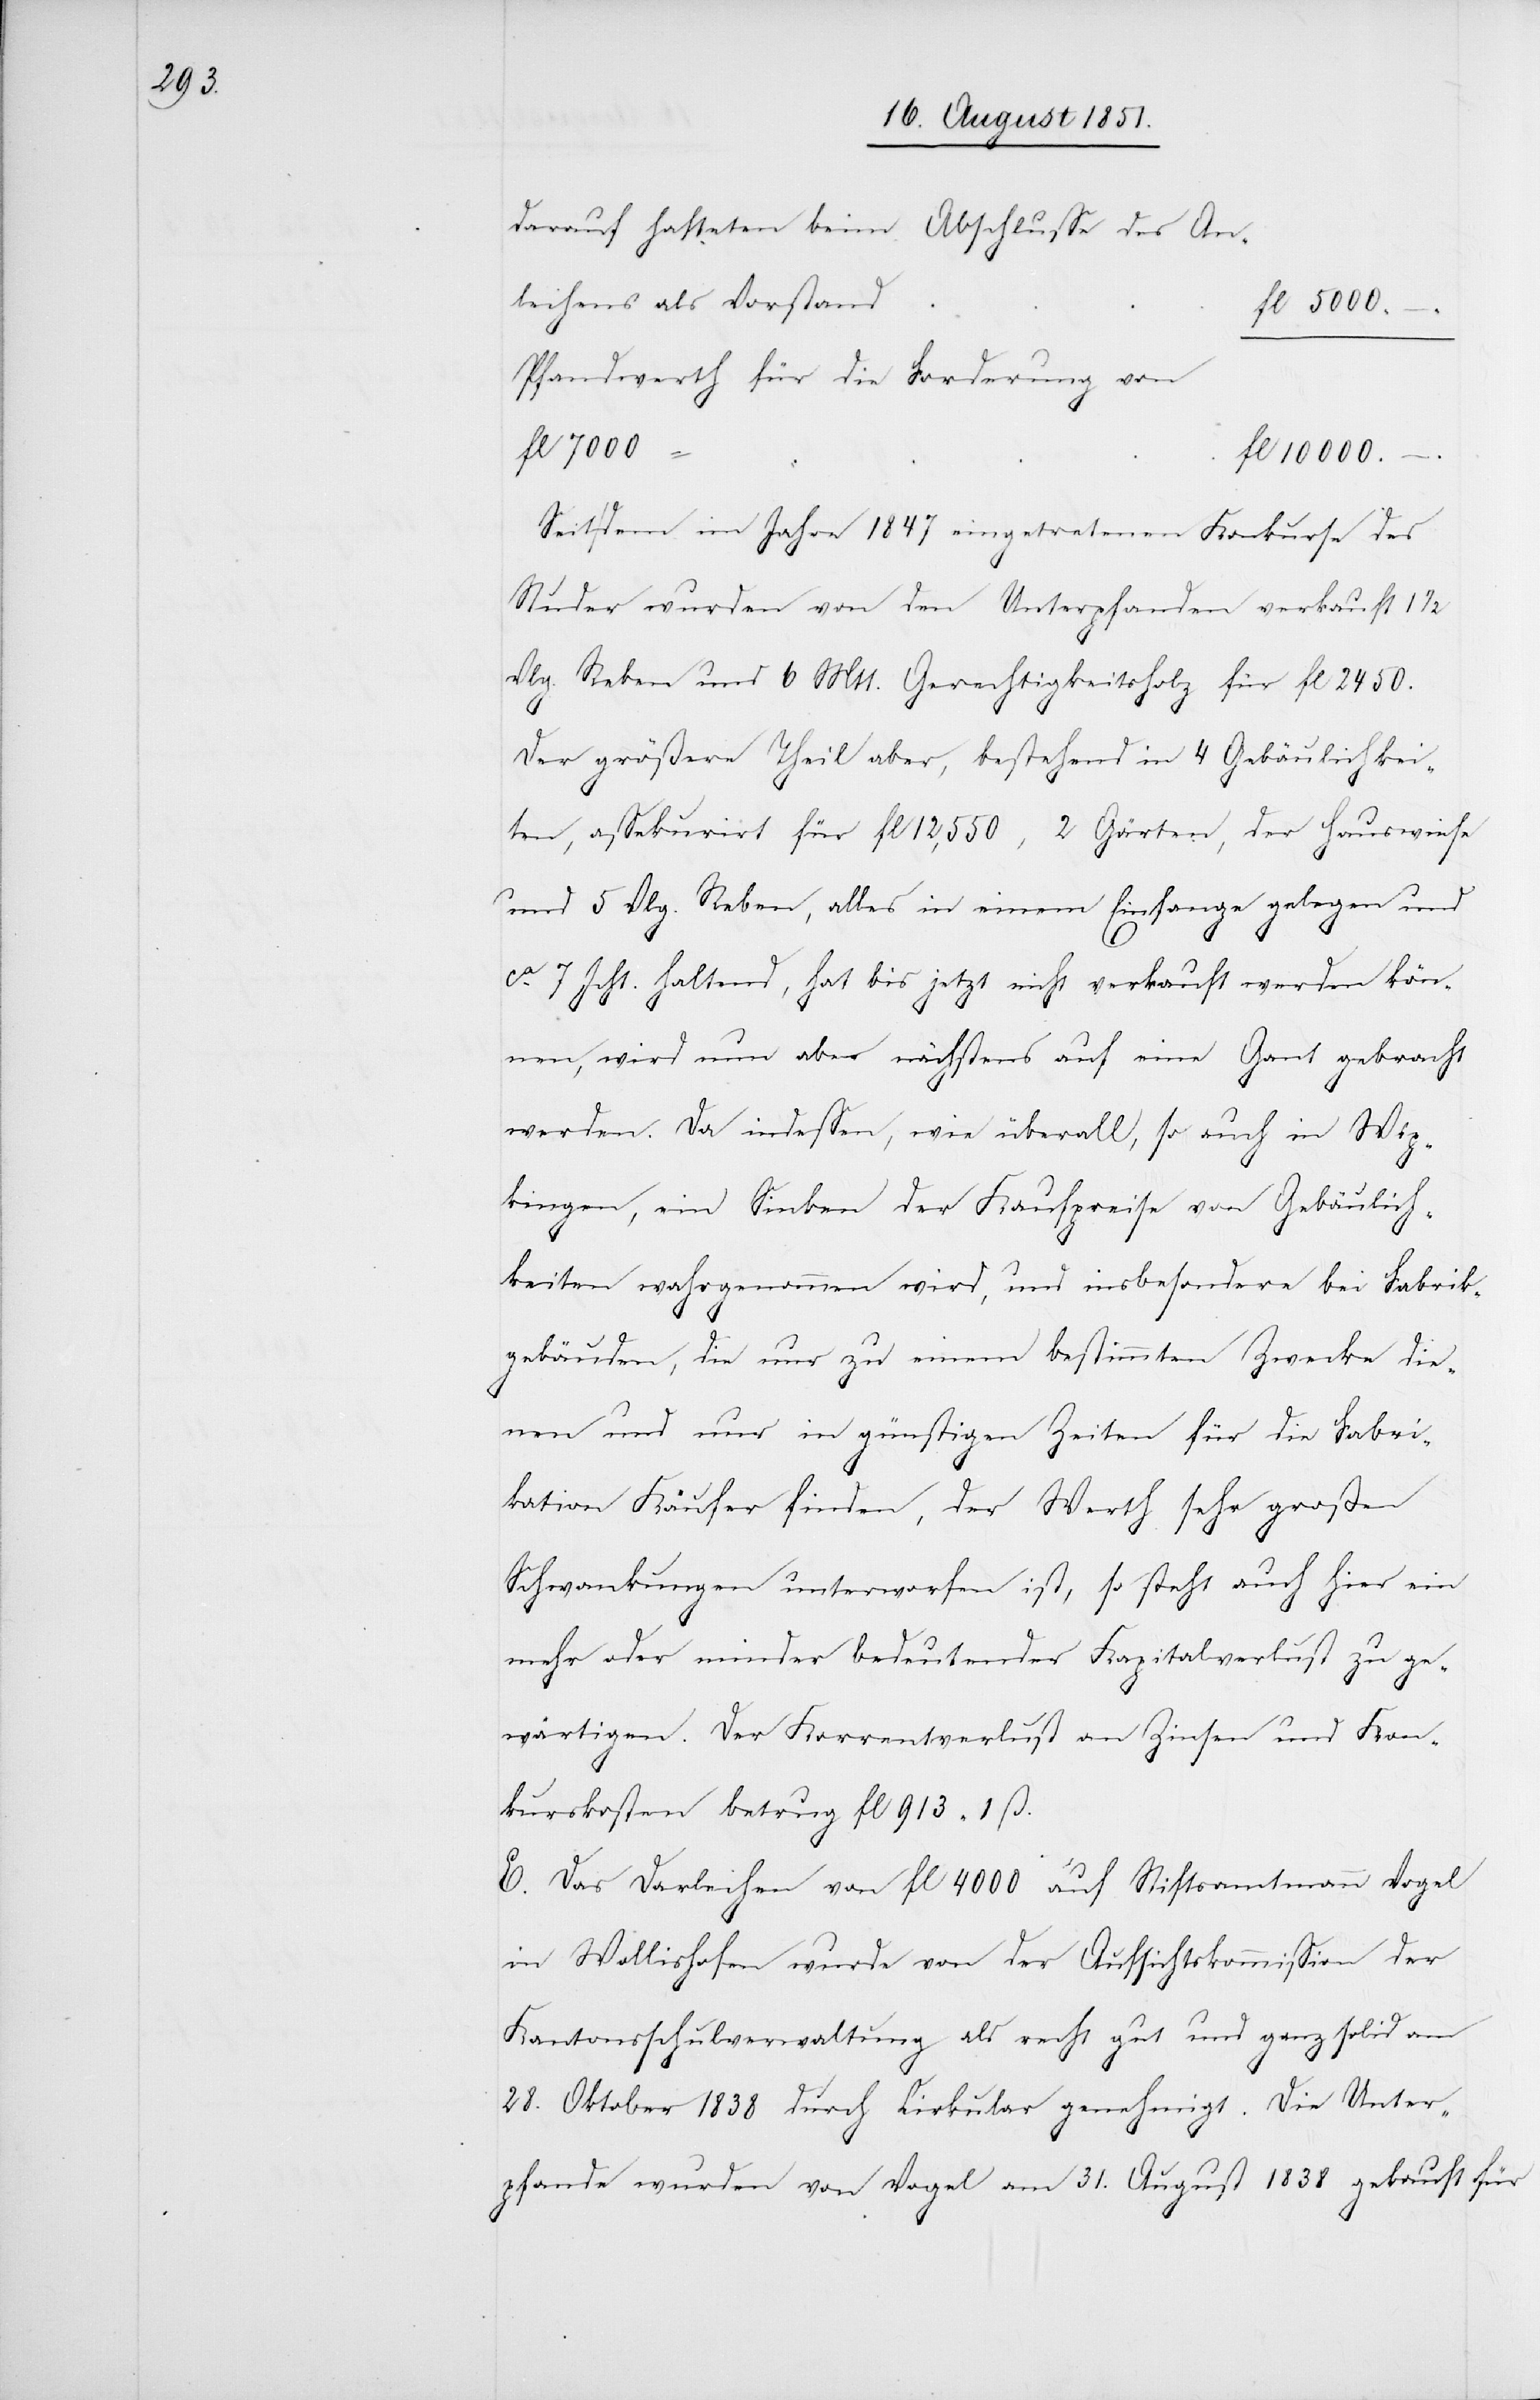
darauf hafteten beim Abschlusse des An¬
leihens als Vorstand
fl
Pfandwerth für die Forderung von
fl 7000
–
10000.
Seit dem im Jahre 1847 eingetretenen Konkurse des
Studer wurden von den Unterpfanden verkauft 1 1/2
Vlg. Reben und 6 Mtt. Gerechtigkeitsholz für fl 2450.
Der größere Theil aber, bestehend in 4 Gebäulichkei¬
ten, assekurirt für fl 12,550, 2 Gärten, der Hauswiese
und 5 Vlg. Reben, alles in einem Einfange gelegen und
Jcht. haltend, hat bis jetzt nicht verkauft werden kön¬
ca. 7
nen, wird nun aber nächstens auf eine Gant gebracht
werden. Da indessen, wie überall, so auch in Wip¬
kingen, ein Sinken der Kaufpreise von Gebäulich¬
keiten wahrgenommen wird, und insbesondere bei Fabrik¬
gebäuden, die nur zu einem bestimmten Zwecke die¬
nen und nur in günstigen Zeiten für die Fabri¬
kation Käufer finden, der Werth sehr großen
Schwankungen unterworfen ist, so steht auch hier ein
mehr oder minder bedeutender Kapitalverlust zu ge¬
wärtigen. Der Korrentverlust an Zinsen und Kon¬
kurskosten betrug fl 913 1 ß.
E. Das Darleihen von fl 4000 auf Stiftsamtmann Vogel
in Wollishofen wurde von der Aufsichtskommission der
Kantonsschulverwaltung als recht gut und ganz solid am
28. Oktober 1838 durch Cirkular genehmigt. Die Unter¬
pfande wurden von Vogel am 31. August 1838 gekauft für